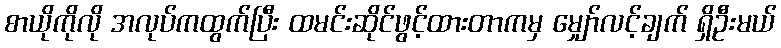
စာယိုကိုလို အလုပ်ကထွက်ပြီး ထမင်းဆိုင်ဖွင့်ထားတာကမှ မျှော်လင့်ချက် ရှိဦးမယ်